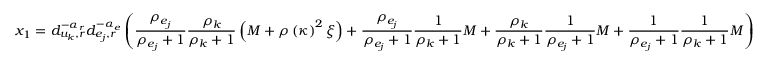
x _ { 1 } = d _ { u _ { k } , r } ^ { - \alpha _ { r } } d _ { e _ { j } , r } ^ { - \alpha _ { e } } \left( \frac { \rho _ { e _ { j } } } { \rho _ { e _ { j } } + 1 } \frac { \rho _ { k } } { \rho _ { k } + 1 } \left( M + \rho \left( \kappa \right) ^ { 2 } \xi \right) + \frac { \rho _ { e _ { j } } } { \rho _ { e _ { j } } + 1 } \frac { 1 } { \rho _ { k } + 1 } M + \frac { \rho _ { k } } { \rho _ { k } + 1 } \frac { 1 } { \rho _ { e _ { j } } + 1 } M + \frac { 1 } { \rho _ { e _ { j } } + 1 } \frac { 1 } { \rho _ { k } + 1 } M \right)